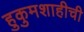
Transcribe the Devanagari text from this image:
हुकुमशाहीची